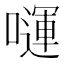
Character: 𭋗